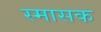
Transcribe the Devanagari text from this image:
स्मासक